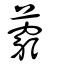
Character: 藭